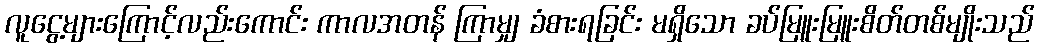
လူငွေ့များကြောင့်လည်းကောင်း ကာလအတန် ကြာမျှ ခံစားရခြင်း မရှိသော ခပ်မြူးမြူးစိတ်တစ်မျိုးသည်